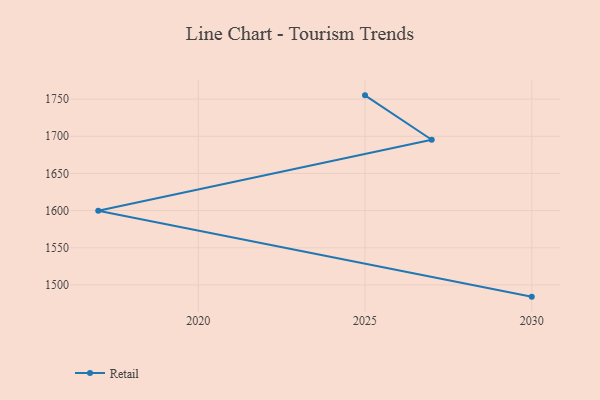
{"axis": {"x": "Year", "y": "Active Users"}, "legend": ["Retail"], "data": [{"x": "2030", "y": 1484.2, "type": "Retail"}, {"x": "2017", "y": 1599.7, "type": "Retail"}, {"x": "2027", "y": 1695.3, "type": "Retail"}, {"x": "2025", "y": 1755.1, "type": "Retail"}]}